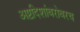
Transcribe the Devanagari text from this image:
अष्टदिशांबरोबरच